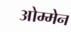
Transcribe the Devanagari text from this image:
ओम्मेन